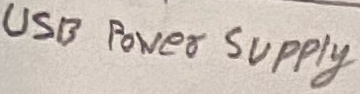
Text: USB Power SUPPLY